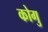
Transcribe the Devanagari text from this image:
कोगु